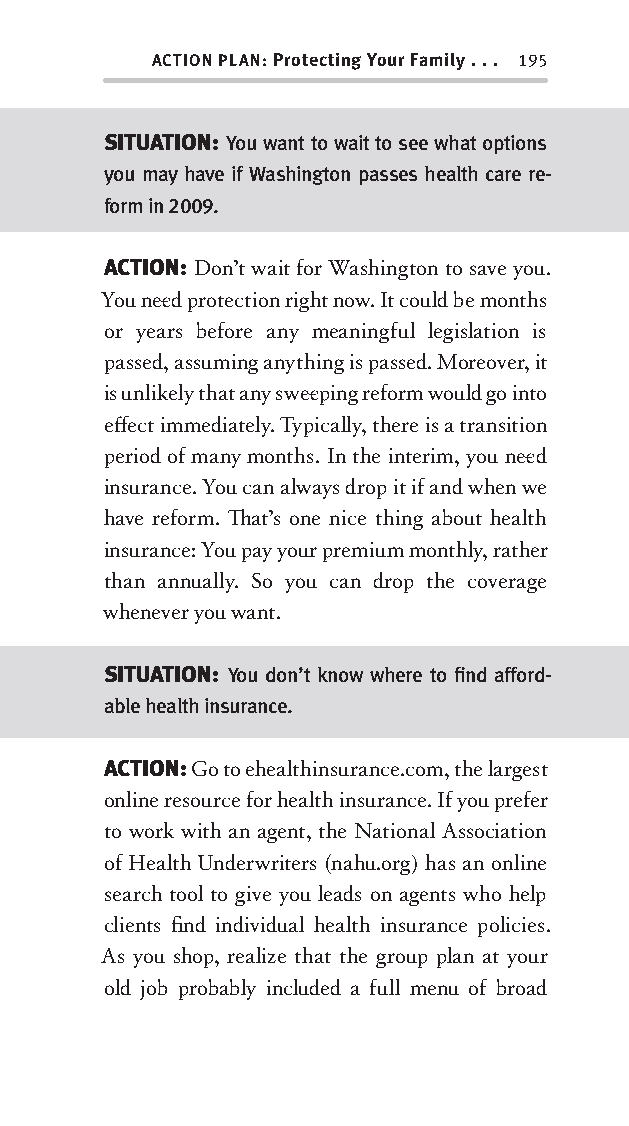
ACTION PLAN: Protecting Your Family . . . 195
 SITUATION: You want to wait to see what options
 you may have if Washington passes health care re-
 form in 2009.
 ACTION: Don’t wait for Washington to save you.
 You nee d protection right now. It could be months
 or years before any meaningful legislation is
 passed, assuming anything is passed. Moreover, it
 is unlikely that any swee ping reform would go into
 eff ect immediately. Typically, there is a transition
 period of many months. In the interim, you nee d
 insurance. You can always drop it if and when we
 have reform. Th at’s one nice thing about health
 insurance: You pay your premium monthly, rather
 than annually. So you can drop the coverage
 whenever you want.
 SITUATION: You don’t know where to fi nd afford-
 able health insurance.
 ACTION: Go to ehealthinsurance.com, the largest
 online resource for health insurance. If you prefer
 to work with an agent, the National Association
 of Health Underwriters (nahu.org) has an online
 search tool to give you leads on agents who help
 clients fi nd individual health insurance policies.
 As you shop, realize that the group plan at your
 old job probably included a full menu of broad
 OOrrmmaa__99778800338855553300993344__44pp__aallll__rr11..iinndddd 119955 1122//33//0088 99::3311::4400 AAMM